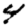
Digit: 4